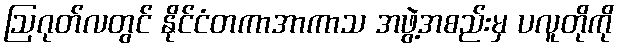
ဩဂုတ်လတွင် နိုင်ငံတကာအာကာသ အဖွဲ့အစည်းမှ ပလူတိုကို